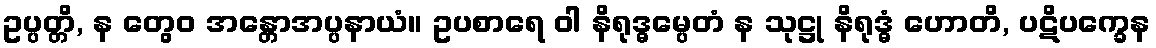
ဥပ္ပတ္တိ, န တွေဝ အန္တောအပ္ပနာယံ။ ဥပစာရေ ဝါ နိရုဒ္ဓမ္ပေတံ န သုဋ္ဌု နိရုဒ္ဓံ ဟောတိ, ပဋိပက္ခေန